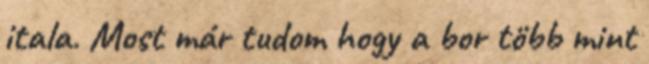
itala. Most már tudom hogy a bor több mint